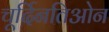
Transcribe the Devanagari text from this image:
चूर्दिनतिओन